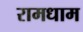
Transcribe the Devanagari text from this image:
रामधाम